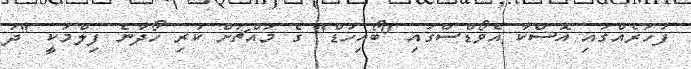
ފަހަރެއްގައި އޮސްކާ އެވޯޑްސްގައި "ބޯއިހުޑް" ގެ މައްޗަށް ކުރި ހޯދާނެ ފިލްމަކީ "ދަ